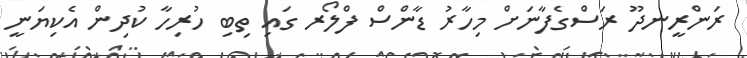
ރަންރީނދޫ ރަސްގެފާނަށް މިހާރު ޑާންސް ފްލޯރ ގައި ތިބި ހުރިހާ ކުދިން އެކިޔަނީ